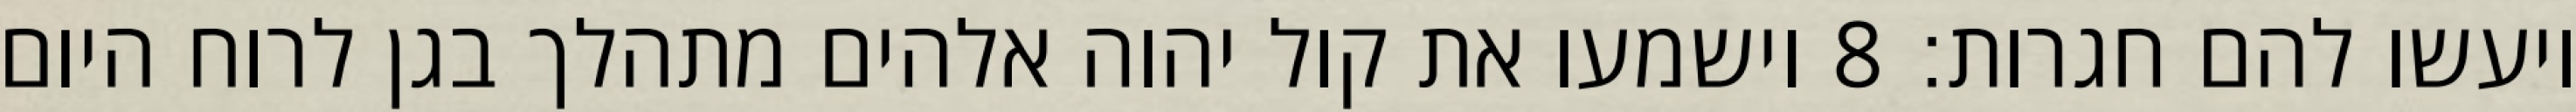
ויעשו להם חגרות׃ ‎8‏ וישמעו את קול יהוה אלהים מתהלך בגן לרוח היום